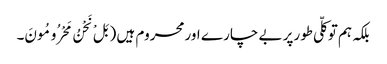
بلکہ ہم توکلّی طورپر بے چار ے اورمحروم ہیں ( بَلْ نَحْنُ مَحْرُومُونَ۔